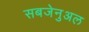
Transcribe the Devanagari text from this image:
सबजेनुअल